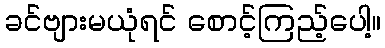
ခင်ဗျားမယုံရင် စောင့်ကြည့်ပေါ့။